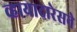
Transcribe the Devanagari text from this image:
व्हायादारेसने